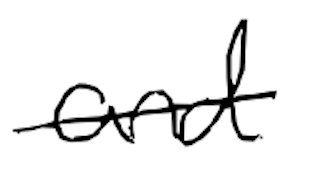
Text: and
Cross-out: mix
Writing tool: digital_black